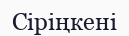
Сіріңкені